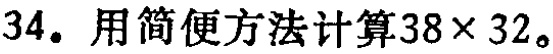
34. 用简便方法计算\(38\times 32\)。